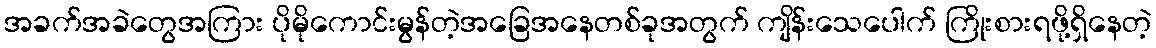
အခက်အခဲတွေအကြား ပိုမိုကောင်းမွန်တဲ့အခြေအနေတစ်ခုအတွက် ကျိန်းသေပေါက် ကြိုးစားရဖို့ရှိနေတဲ့